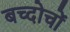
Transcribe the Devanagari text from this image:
बच्दोचों